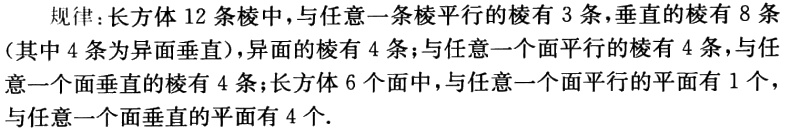
规律：长方体 12 条棱中，与任意一条棱平行的棱有 3 条，垂直的棱有 8 条（其中 4 条为异面垂直），异面的棱有 4 条；与任意一个面平行的棱有 4 条，与任意一个面垂直的棱有 4 条；长方体 6 个面中，与任意一个面平行的平面有 1 个，与任意一个面垂直的平面有 4 个.